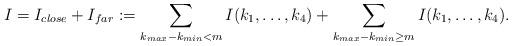
LaTeX: \begin{align*} I = I_{close} + I_{far} : = \sum_{k_{max} - k_{min} < m} I(k_{1}, \ldots, k_{4}) + \sum _{k_{max} - k_{min} \geq m} I(k_{1}, \ldots, k_{4}). \end{align*}